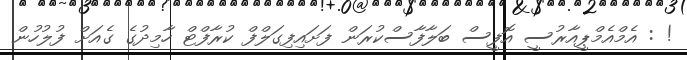
! : އެމްއެމްޕީއާރުސީ އޮފީސް ބަލާފާސްކުރަން ފަށައިފިގަލްފް ކުރާފްޓް ހާމިދުގެ ގެއަށް ފުލުހުން